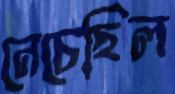
নেচেছিল